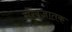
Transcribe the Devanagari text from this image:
संखजातक